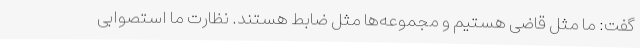
گفت: ما مثل قاضی هستیم و مجموعه‌ها مثل ضابط هستند. نظارت ما استصوابی